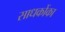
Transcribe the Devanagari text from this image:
साधकोंका